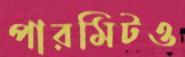
পারমিটও